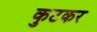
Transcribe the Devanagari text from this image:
कुटकर